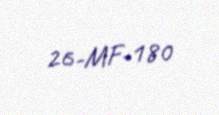
26-MF-180